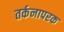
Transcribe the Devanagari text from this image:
तर्कनापरक